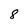
Character: 8